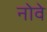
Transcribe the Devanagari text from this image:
नोवे